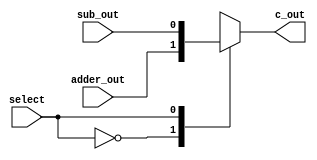
`timescale 1ns / 1ps
//////////////////////////////////////////////////////////////////////////////////
// Company: 
// Engineer: 
// 
// Design Name: 
// Module Name:    addermux 
// Project Name: 
// Target Devices: 
// Tool versions: 
// Description: 
//
// Dependencies: 
//
// Revision: 
// Revision 0.01 - File Created
// Additional Comments: 
//
//////////////////////////////////////////////////////////////////////////////////
module addermux(c_out, adder_out, sub_out, select);
input adder_out, sub_out, select;
output reg c_out;

always @(*)
begin
case(select)
1'b0: c_out = adder_out;
1'b1: c_out = sub_out;
default:c_out = 0;
endcase
end


endmodule